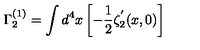
\Gamma _ { 2 } ^ { ( 1 ) } = \int d ^ { 4 } x \left[ - { \frac { 1 } { 2 } } \zeta _ { 2 } ^ { ^ { \prime } } ( x , 0 ) \right]